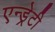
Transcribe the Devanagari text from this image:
एन्ड्रेटी